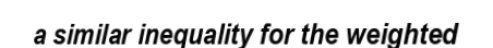
a similar inequality for the weighted